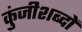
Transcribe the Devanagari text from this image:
कुंजीशब्दों